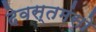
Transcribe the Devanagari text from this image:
देवस्तमंसो